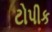
ટોપીક